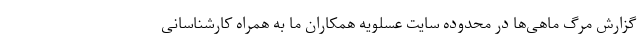
گزارش مرگ ماهی‌ها در محدوده سایت عسلویه همکاران ما به همراه کارشناسانی